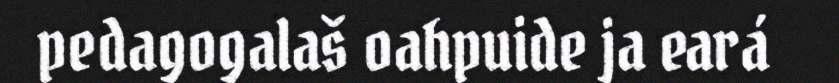
pedagogalaš oahpuide ja eará